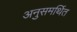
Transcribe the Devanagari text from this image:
अनुसमर्थित